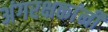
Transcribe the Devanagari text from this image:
अंगरक्षकांनी